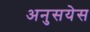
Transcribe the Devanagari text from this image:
अनुसयेस